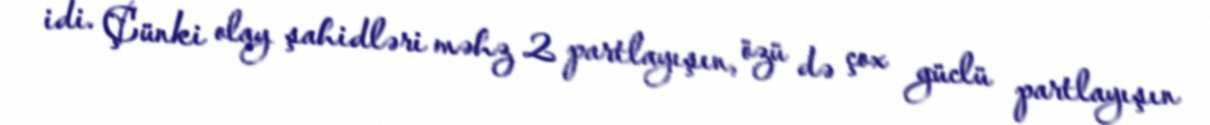
idi. Çünki olay şahidləri məhz 2 partlayışın, özü də çox güclü partlayışın